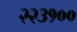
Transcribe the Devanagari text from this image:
२२३१००